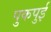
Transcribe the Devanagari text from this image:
पुकपुई